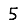
Digit: 5